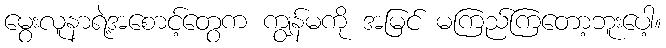
မွေးလူနာရဲ့အစောင့်တွေက ကျွန်မကို အမြင် မကြည်ကြတော့ဘူးပေါ့။